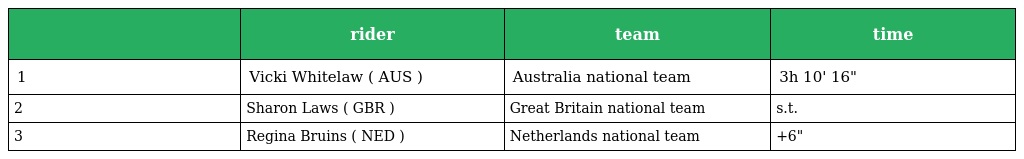
|  | rider | team | time |
 | --- | --- | --- | --- |
 | 1 | Vicki Whitelaw ( AUS ) | Australia national team | 3h 10' 16" |
 | 2 | Sharon Laws ( GBR ) | Great Britain national team | s.t. |
 | 3 | Regina Bruins ( NED ) | Netherlands national team | +6" |